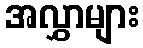
အလွှာများ